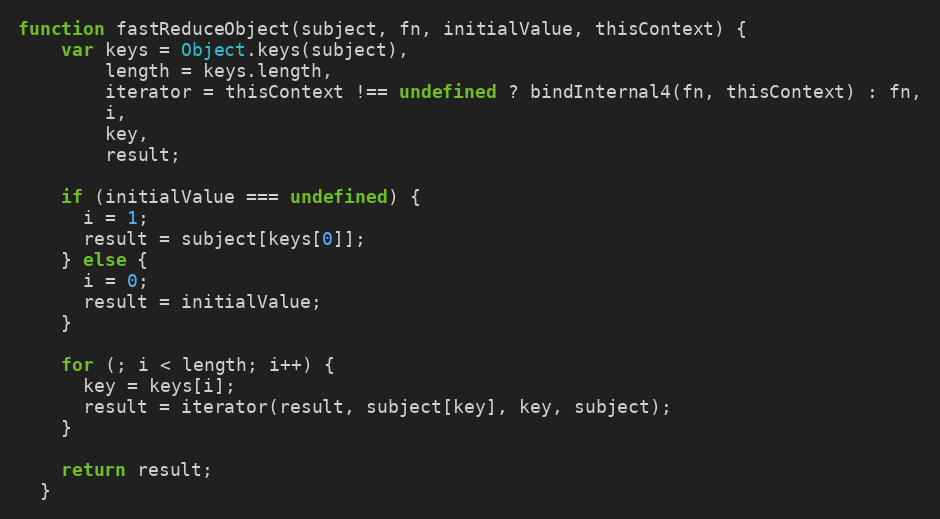
Language: JavaScript
function fastReduceObject(subject, fn, initialValue, thisContext) {
    var keys = Object.keys(subject),
        length = keys.length,
        iterator = thisContext !== undefined ? bindInternal4(fn, thisContext) : fn,
        i,
        key,
        result;

    if (initialValue === undefined) {
      i = 1;
      result = subject[keys[0]];
    } else {
      i = 0;
      result = initialValue;
    }

    for (; i < length; i++) {
      key = keys[i];
      result = iterator(result, subject[key], key, subject);
    }

    return result;
  }